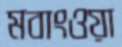
মবাংওয়া